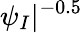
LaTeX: \psi_{I}|^{-0.5}